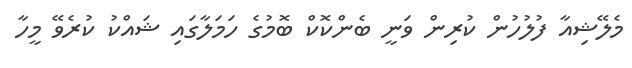
މެލޭޝިއާ ފުލުހުން ކުރިން ވަނީ ބެންކޮކް ބޮމުގެ ހަމަލާގައި ޝައްކު ކުރެވޭ މީހާ